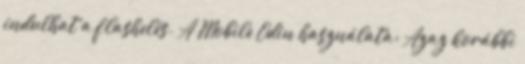
indulhat a flashelés. A Mobile Odin használata: Azaz korábbi